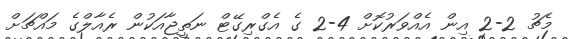
މެޗު 2-2 އިން އެއްވަރުކޮށް 4-2 ގެ އެގްރިގޭޓް ނަތީޖާއަކުން ރެއާލްގެ މައްޗަށް